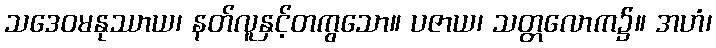
သဒေဝမနုဿာယ၊ နတ်လူနှင့်တကွသော။ ပဇာယ၊ သတ္တလောက၌။ အဟံ၊